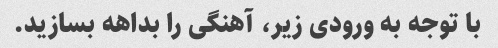
با توجه به ورودی زیر، آهنگی را بداهه بسازید.